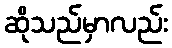
ဆိုသည်မှာလည်း